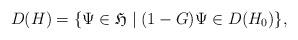
LaTeX: \begin{align*}D(H) =\{\Psi \in \mathfrak{H} \mid (1-G)\Psi \in D(H_0) \},\end{align*}